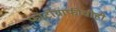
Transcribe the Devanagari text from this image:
फोटोग्राफीचीही